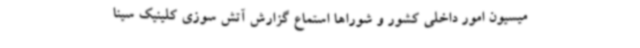
میسیون امور داخلی کشور و شوراها استماع گزارش آتش سوزی کلینیک سینا